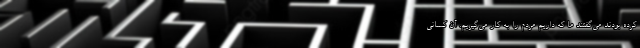
کرده بودند می‌گفتند ما که داریم مردم را به کار می‌گیریم. آن کسانی